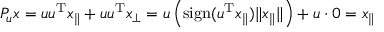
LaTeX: P _ { u } x = u u ^ { \mathrm { T } } x _ { \parallel } + u u ^ { \mathrm { T } } x _ { \perp } = u \left( \mathrm { s i g n } ( u ^ { \mathrm { T } } x _ { \parallel } ) \| x _ { \parallel } \| \right) + u \cdot 0 = x _ { \parallel }